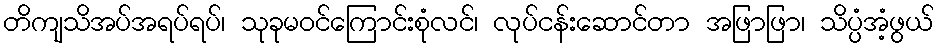
တိကျသိအပ်အရပ်ရပ်၊ သုခုမဝင်ကြောင်းစုံလင်၊ လုပ်ငန်းဆောင်တာ အဖြာဖြာ၊ သိပ္ပံအံ့ဖွယ်